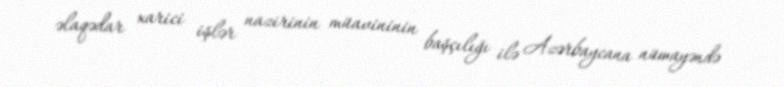
əlaqədar xarici işlər nazirinin müavininin başçılığı ilə Azərbaycana nümayəndə